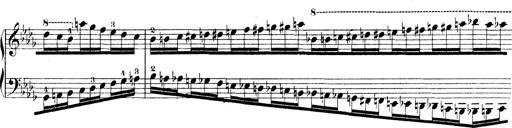
Title: Technische Studien
Composer: Franz Liszt